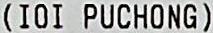
(IOI PUCHONG)